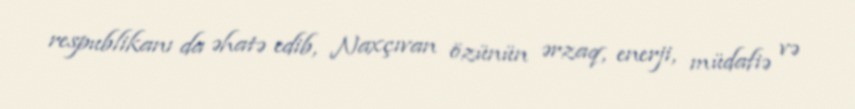
respublikanı da əhatə edib, Naxçıvan özünün ərzaq, enerji, müdafiə və